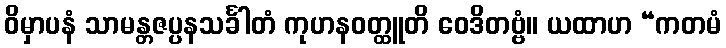
ဝိမှာပနံ သာမန္တဇပ္ပနသင်္ခါတံ ကုဟနဝတ္ထူတိ ဝေဒိတဗ္ဗံ။ ယထာဟ “ကတမံ